Vital statistics of India. Vol. V, Reports of 1876 on armies & jails and on epidemic cholera
Year: 1876
Disease focus: Cholera
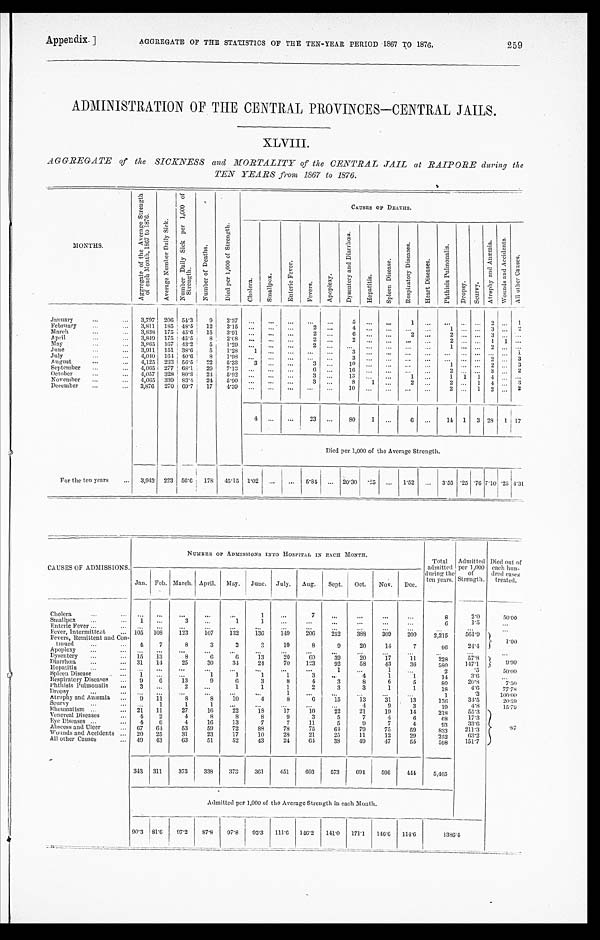
Appendix.]
AGGREGATE OF THE STATISTICS OF THE TEN-YEAR PERIOD 1867 TO 1876.
259
ADMINISTRATION OF THE CENTRAL PROVINCES—CENTRAL JAILS.
XLVIII.
AGGREGATE of the SICKNESS and MORTALITY of the CENTRAL JAIL at RAIPORE during the
TEN YEARS from 1867 to 1876.
MONTHS.
A g g r e g a t e o f t h e A v e r a g e S t r e n g t h o f e a c h M o n t h , 1 8 6 7 t o 1 8 7 6 .
A v e r a g e N u m b e r D a i l y S i c k .
N u m b e r D a i l y S i c k p e r 1 , 0 0 0 o f S t r e n g t h .
N u m b e r o f d e a t h s .
D i e d p e r 1 , 0 0 0 o f S t r e n g t h .
C A U S E S O F D E A T H S .
C h o l e r a .
S m a l l p o x .
E n t e r i c F e v e r .
F e v e r s .
A p o p l e x y .
D y s e n t e r y a n d D u a r r h œ a .
He p a t i t i s . S p l e e n D i s e a s e .
R e s p i r a t o r y D i s e a s e s .
H e a r t D i s e a s e s .
P h t h i s i s P u l m o n a l i s .
D r o p s y . S c u r v y .
A t r o p h y a n d A n æ m i a .
W o u n d s a n d A c c i d e n t s .
A l l o t h e r c a u s e s .
January
3,797 206 54.3 9 2.37
5
1
2
1
February
3, 811 185 48.5 12 3.15
2
4
1
3
2
March
3 , 8 3 8 175 45.6 15 3.91
2
6
2
2
3
April
3,849 175 45.5 8 2.68
2
2
2
1 1
M a y
3,865 167 43.2 5 1.29
2
1
2
June
3,911 151 38.6 5 1.28 1
3
1
July
4,040 164 40.6 8 1.98
3
2
3
August
4,125 233 56.5 22 5.33 3
3
10
1
2
3
September
4,065 277 68.1 29 7.13
6
16
2
3
2
October
4,057 328 80.8 24 5.92
3
13
1
1 1 1 4
November
4,065 339 83.4 24 5.90
3
8 1
2
2
1 4
3
December
3,876 270 69.7 17 4.39
1 0
2
1 2
2
4
23
80 1
6
14 1 3 28 1 17
Died per 1,000 of the Average Strength.
For the ten years
3,942 223 56.6 178 45.15 1.02
5.84
20.30 .25
1.52
3.55 .25 .76 7.10 .25 4.31
CAUSES OF ADMISSIONS
NUMBER OF ADMISSIONS INTO HOSPITAL IN EACH MONTH.
Total
admitted
during the
ten years.
Admitted
per 1,000
of
Strength.
Died Out o f e a c h h u n -
dred case
s treated.
Jan. Feb. March. April. May. June. July. Aug. Sept. Oct. Nov. Dec.
Cholera
1
7
8
2. 0
50.00
Smallpox
1
3
1
1
6
1 . 5
Enteric Fever
Fever, lntermitteat
105 108 123 107 132 136 149 206 252 388 309 200 2,215
561.9 1.00
Fevers, Remittent and Con-
tinued
4 7
8
3
3
3
10
8
9
20
14
7
9 6
24. 4
Apoplexy
Dysentery
15 13
8
6
6
13
20
6 0
39
20
17
11
228
57.8
9 . 9 0
Diarrhœa
31 14
25
30
34
24
70 123
92
58
43
36
580
147. 1
Hepatitis
1
1
2
. 5
50.00
Spleen Disease
1
1
1
1
1
3
4
1
1
14
3.6
Respiratory Diseases
9 6
13
9
6
3
8
4
3
8
6
5
80
20.8
7.50
Phthisis Pulmonalis 3
2
1
1
1
2
3
3
1
1
18
4 . 6
7 7 . 7 8
Dropsy
1
1
.3
100. 0 0
Atrophy and Anæmia 9 11
8
8
10
4
8
6 15
1 3
3 1 13
136
34.5 20.59
Scurvy
1
1
1
4
9
3
19
4.8
15.79
Rheumatism 21 11
27
16
22
18
17
10
22
21
19
14
218
55.3
. 8 7
Venereal Diseases
4 2
4
8
8
8
9
3
5
7
4
6
6 8
17.3
Eve Diseases
4 6
4
16
13
7
7
11
5
9
7
4.
93
3 3 . 6
Abscess and Ul cer
67 64 53
59
72
88
78
7 5
6 4
7 9
7 5
5 9
833
2 1 1 . 3
Wounds and Accidents
20 25
31
23
17
10
28
2 1
2 5
1 1
1 2
2 9
252
6 3 . 2
All other Causes
49 43
63
51
52
43
24
6 4
38
49
47
55
598
151.7
343 311 373 338 373 361 451 603 573 694
596 444 5,465
Admitted per 1,000 of the Average Strength in each Month.
90.3 81.6 97.2 87. 8 97. 8 92.3 111. 6 146. 2 141.0 171.1 146.6 114.6
1 3 8 6 . 4